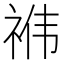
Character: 𮵜